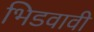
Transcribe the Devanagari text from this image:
भिडवावी